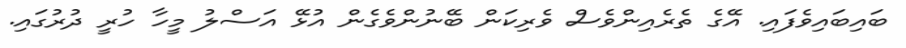
ބައިބައިވެފައިި. އޭގެ ތެރެއިންވެސް ވެރިކަން ބޭނުންވެގެން އުޅޭ އަސްލު މީހާ ހުރީ ދުރުގައި.